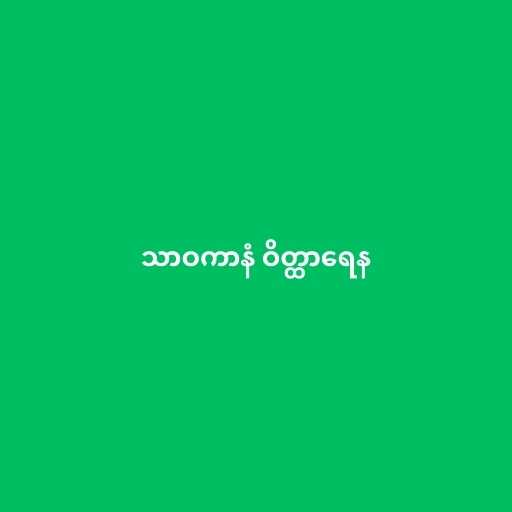
သာဝကာနံ ဝိတ္ထာရေန